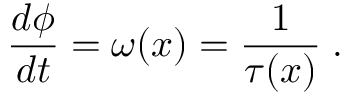
\frac { d \phi } { d t } = \omega ( x ) = \frac { 1 } { \tau ( x ) } \; .